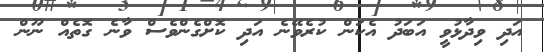
އަދި ވިދާޅުވީ އަބަދު އެކަން ކުރެވޭނެ އަދި ކޮށްގެންވެސް ވާނެ ގޮތެއް ނޫން